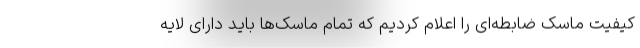
کیفیت ماسک ضابطه‌ای را اعلام کردیم که تمام ماسک‌ها باید دارای لایه